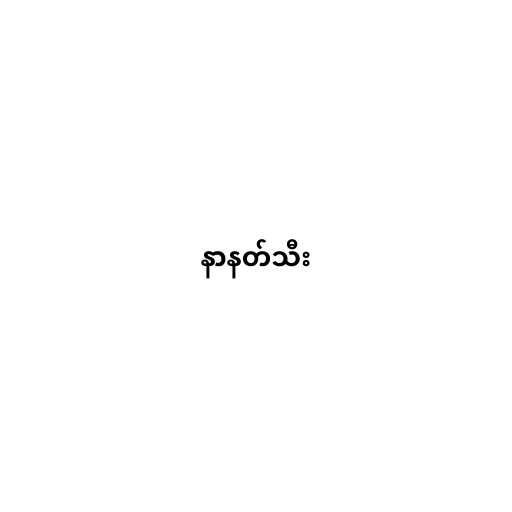
နာနတ်သီး